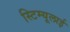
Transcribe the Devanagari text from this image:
स्टिम्यूलाई